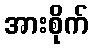
အားစိုက်